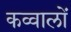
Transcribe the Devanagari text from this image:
कव्वालों